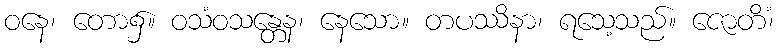
ဝနေ၊ တော၌။ ဝသံဝသန္တေန၊ နေသော။ တပဿိနာ၊ ရသေ့သည်။ ဇောတိံ၊